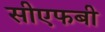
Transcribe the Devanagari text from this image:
सीएफबी